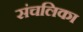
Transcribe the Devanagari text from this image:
संचलिका